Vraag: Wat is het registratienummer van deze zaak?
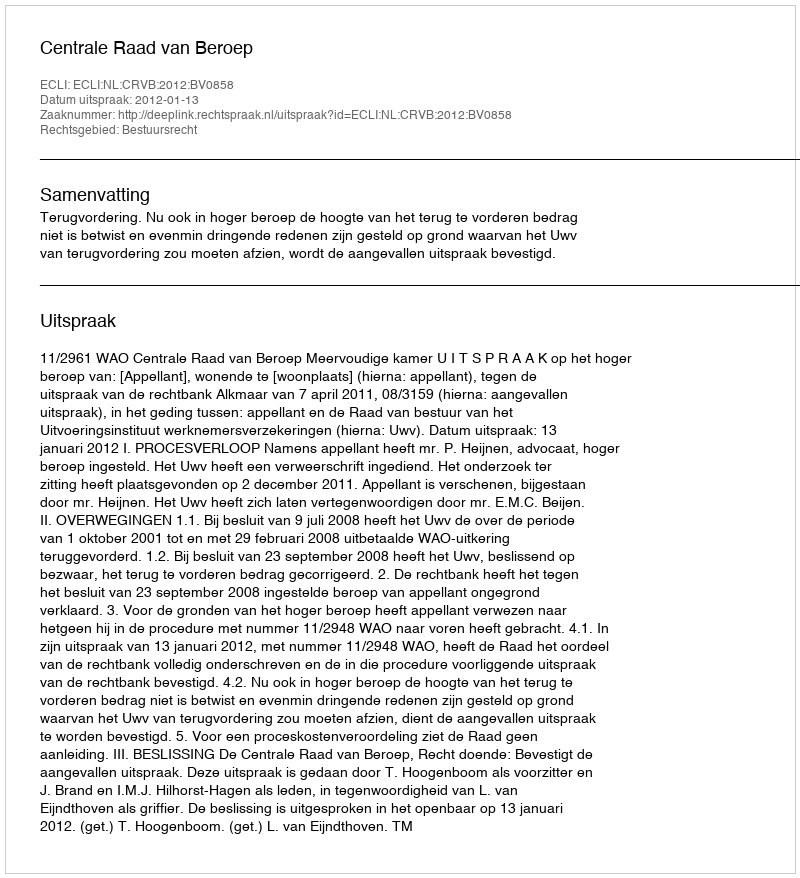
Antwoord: http://deeplink.rechtspraak.nl/uitspraak?id=ECLI:NL:CRVB:2012:BV0858